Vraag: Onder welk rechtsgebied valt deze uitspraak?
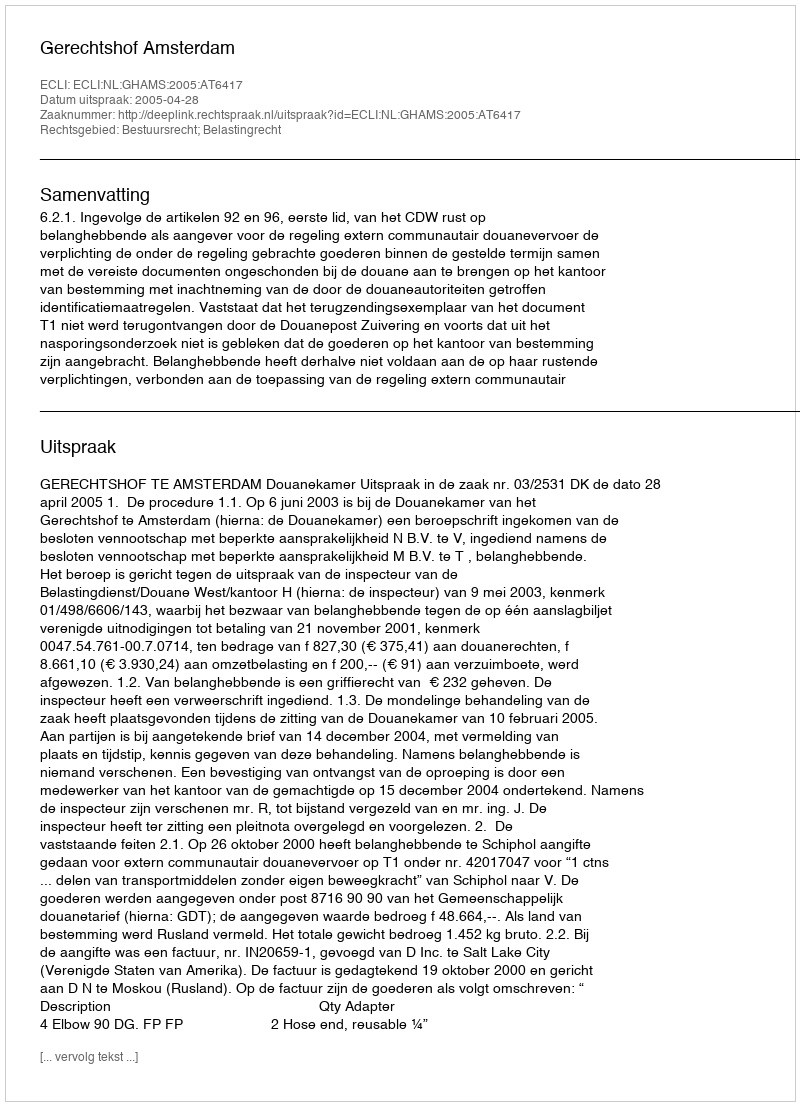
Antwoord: Bestuursrecht; Belastingrecht